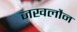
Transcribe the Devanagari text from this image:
जखलौन